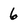
Character: 6